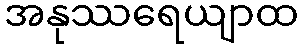
အနုဿရေယျာထ